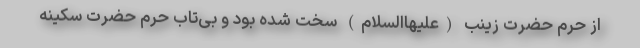
از حرم حضرت زینب (علیهاالسلام) سخت شده بود و بی‌تاب حرم حضرت سکینه